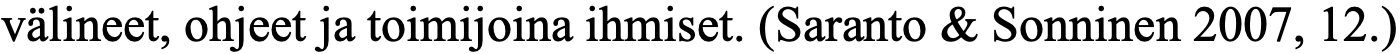
välineet, ohjeet ja toimijoina ihmiset. (Saranto & Sonninen 2007, 12.)